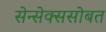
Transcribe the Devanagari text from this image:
सेन्सेक्ससोबत